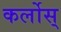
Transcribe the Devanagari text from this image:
कर्लोस्